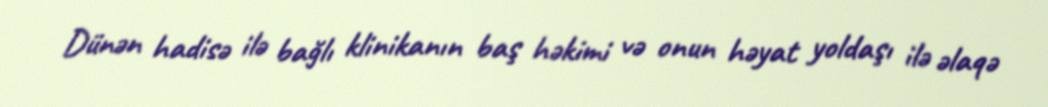
Dünən hadisə ilə bağlı klinikanın baş həkimi və onun həyat yoldaşı ilə əlaqə